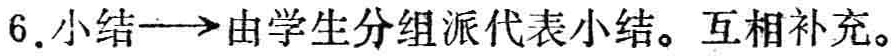
6. 小结$\longrightarrow$由学生分组派代表小结。互相补充。